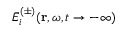
\bar { E } _ { i } ^ { ( \pm ) } ( \mathbf { r } , \omega , t \rightarrow - \infty )